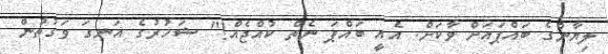
ލިޔާންގެ ބައްޕައަށް ވާކަށް. އެއީ ބައްޕަ ނެތް ކުއްޖެއް!" ޝަހުރުގެ އަނގަ ވަގުތުން